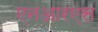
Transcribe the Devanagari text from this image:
एनआरएस